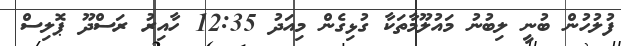
ފުލުހުން ބުނީ ލިބުނު މައުލޫމާތަކާ ގުޅިގެން މިއަދު 12:35 ހާއިރު ރަސްދޫ ޕޮލިސް